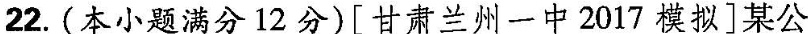
22.(本小题满分12分)[甘肃兰州一中2017模拟]某公